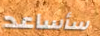
سأساعد